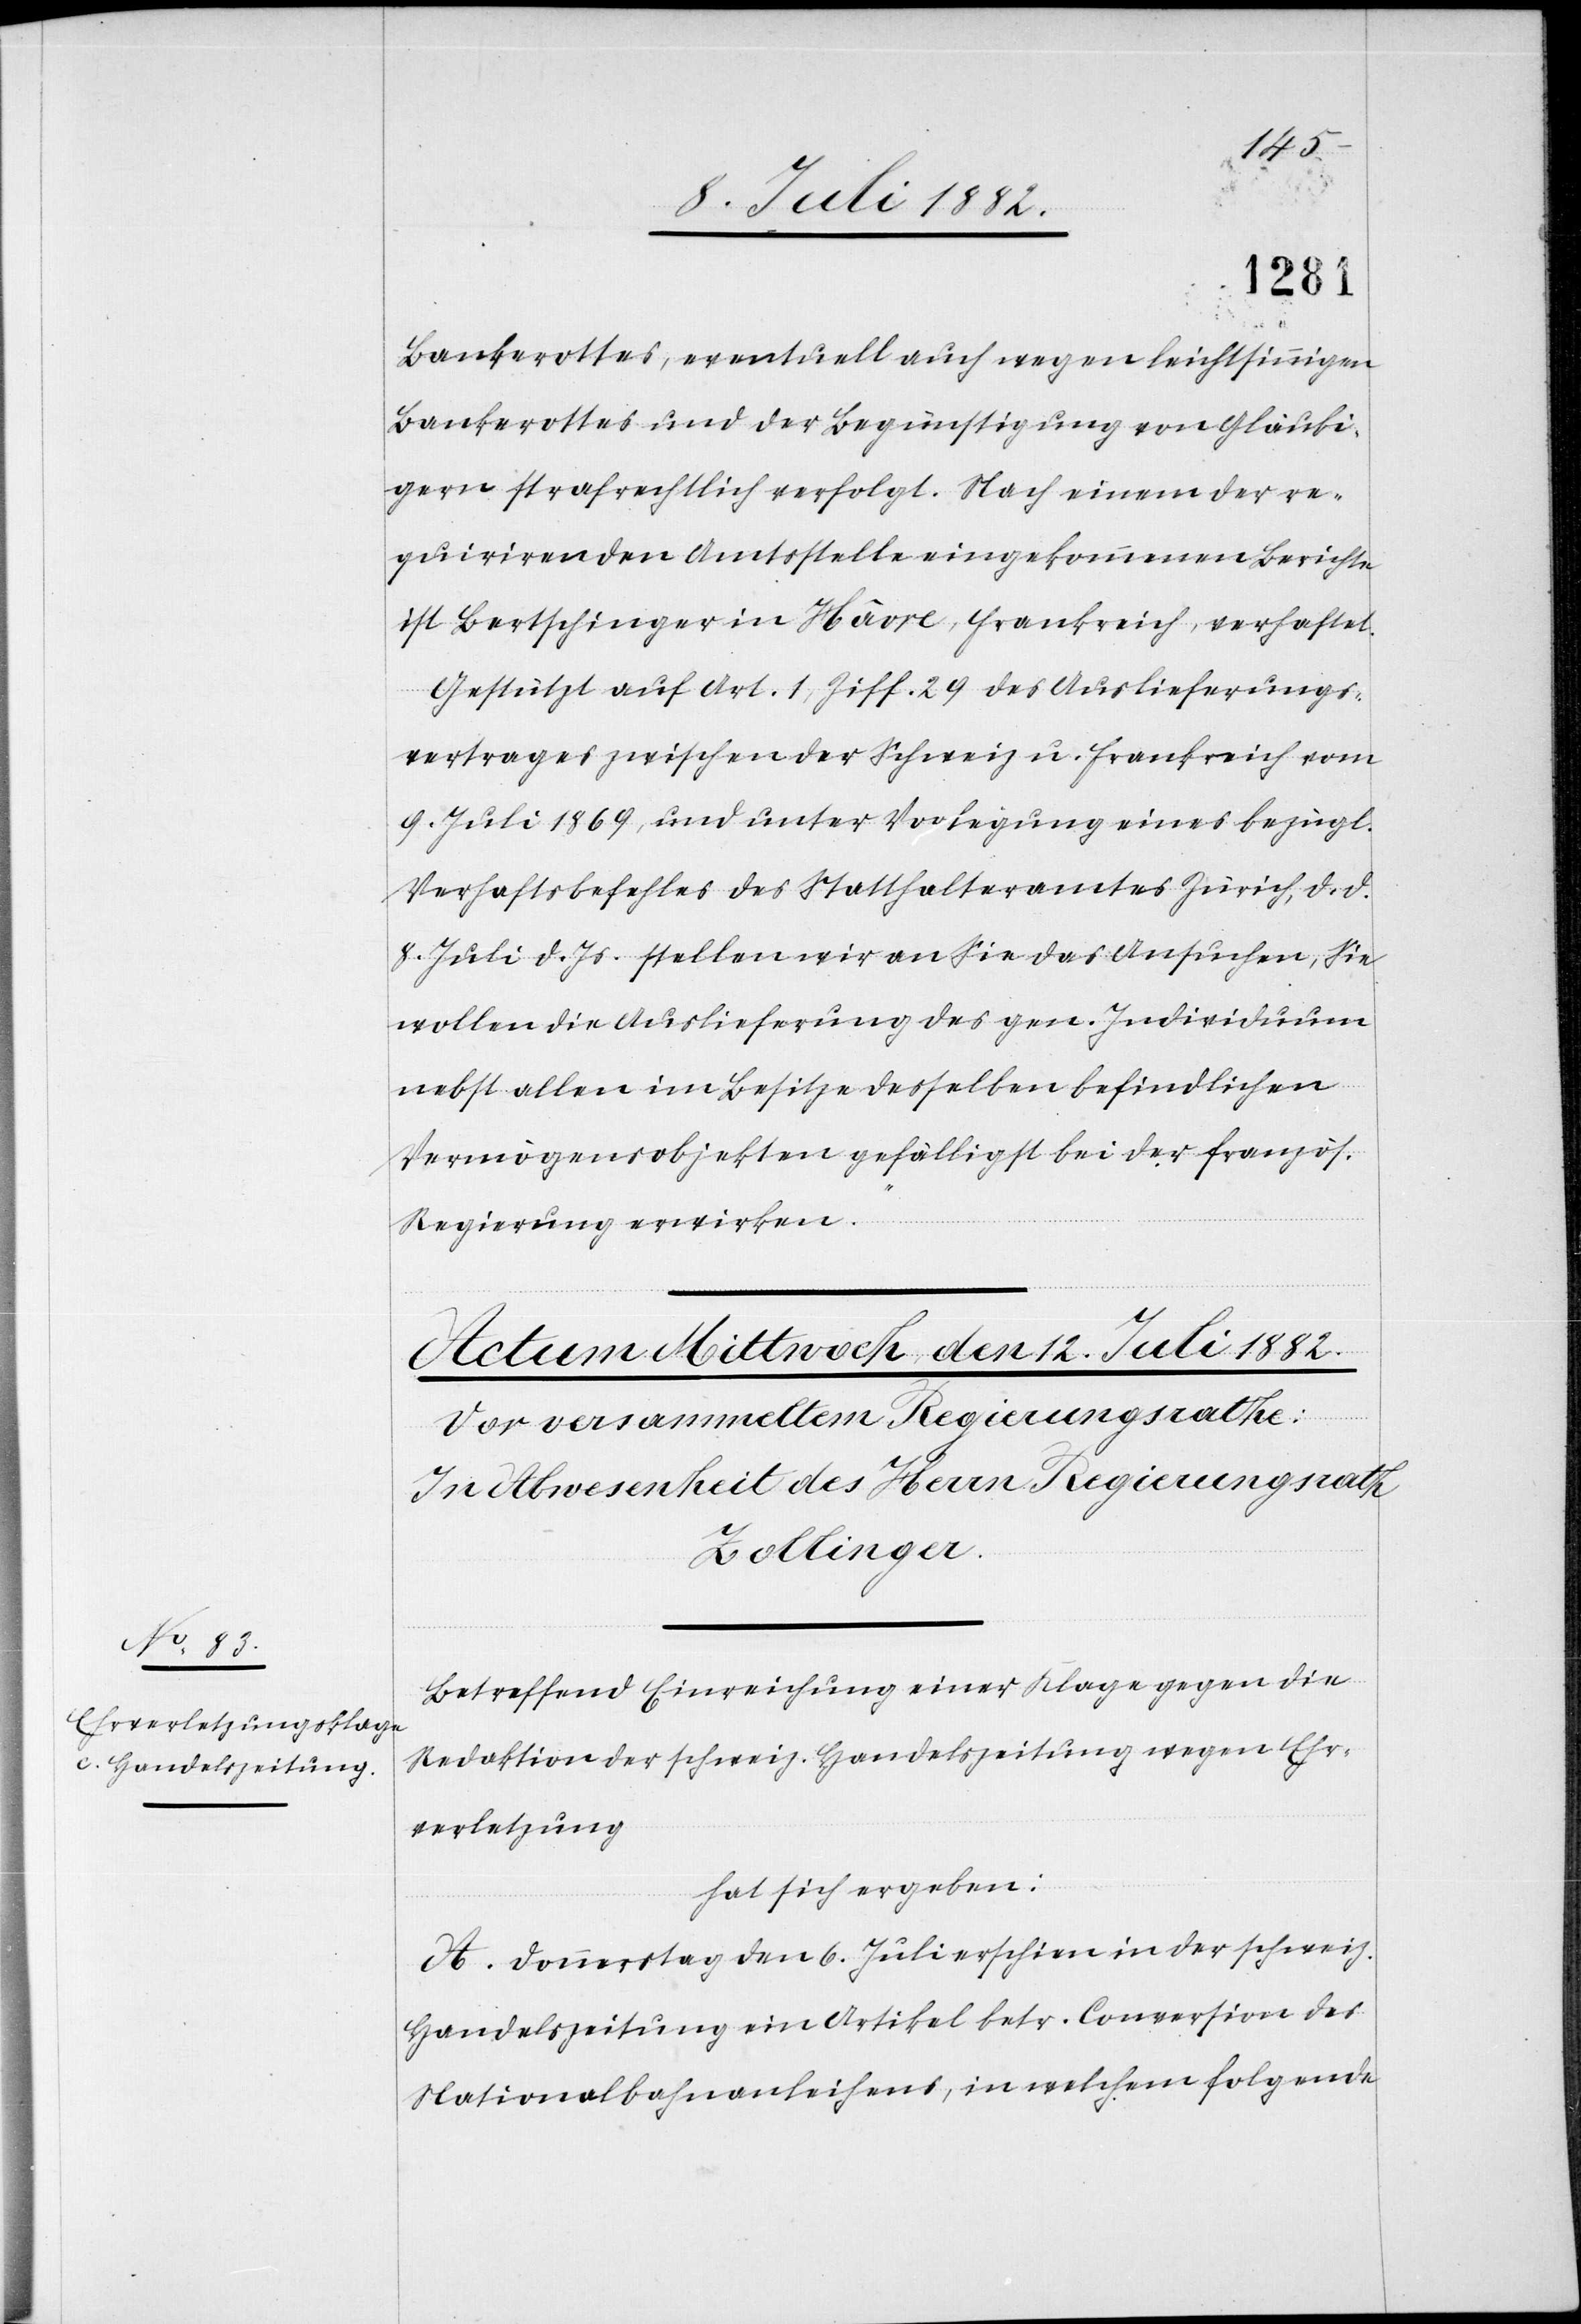
Bankerottes, eventuell auch wegen leichtsinnigen
Bankerottes und der Begünstigung von Gläubi¬
gern strafrechtlich verfolgt. Nach einem der re¬
quirirenden Amtsstelle eingekommenen Berichte
ist Bertschinger in Hâvre, Frankreich, verhaftet.
Gestützt auf Art. 1, Ziff. 29 des Auslieferungs¬
vertrages zwischen der Schweiz u. Frankreich vom
9. Juli 1869, und unter Vorlegung eines bezügl.
Verhaftsbefehles des Statthalteramtes Zürich, d. d.
8. Juli d. Js. stellen wir an Sie das Ansuchen, Sie
wollen die Auslieferung des gen. Individuum
nebst allen im Besitze desselben befindlichen
Vermögensobjekten gefälligst bei der französ.
Regierung erwirken.“
Betreffend Einreichung einer Klage gegen die
Redaktion der schweiz. Handelszeitung wegen Ehr¬
verletzung
hat sich ergeben:
A. Donnerstag den 6. Juli erschien in der schweiz.
Handelszeitung ein Artikel betr. Conversion des
Nationalbahnanleihens, in welchem folgende